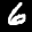
Label: 6